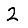
Digit: 2